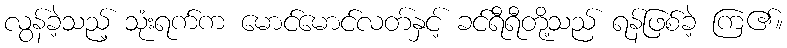
လွန်ခဲ့သည့် သုံးရက်က မောင်မောင်လတ်နှင့် ခင်ရီရီတို့သည် ရန်ဖြစ်ခဲ့ ကြ၏။